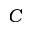
C